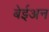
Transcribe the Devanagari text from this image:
बेईअन